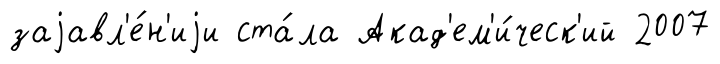
заjавл'е́н'иjи ста́ла Акад'ем'и́ческ'ий 2007